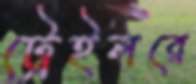
ট্রেইলরে